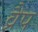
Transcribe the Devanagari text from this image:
व्रैप